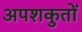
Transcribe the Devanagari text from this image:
अपशकुतों